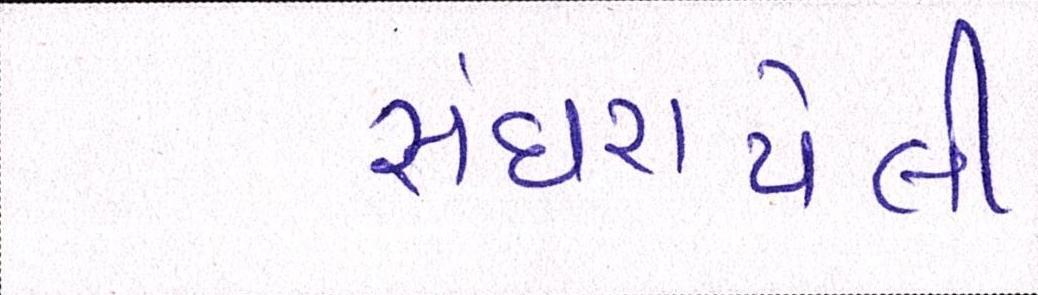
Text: સંઘરાયેલી